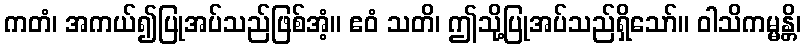
ကတံ၊ အကယ်၍ပြုအပ်သည်ဖြစ်အံ့။ ဧဝံ သတိ၊ ဤသို့ပြုအပ်သည်ရှိသော်။ ဝါသိကမ္မန္တိ၊